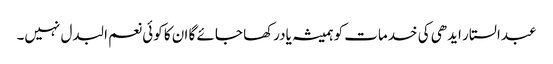
عبدالستار ایدھی کی خدمات کو ہمیشہ یادرکھا جائے گا ان کا کوئی نعم البدل نہیں۔